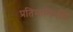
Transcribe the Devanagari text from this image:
प्रतिमानिर्माण